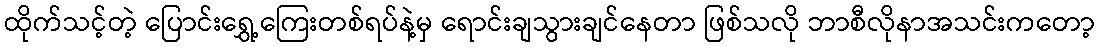
ထိုက်သင့်တဲ့ ပြောင်းရွှေ့ကြေးတစ်ရပ်နဲ့မှ ရောင်းချသွားချင်နေတာ ဖြစ်သလို ဘာစီလိုနာအသင်းကတော့